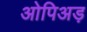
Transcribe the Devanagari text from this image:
ओपिअड़